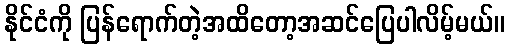
နိုင်ငံကို ပြန်ရောက်တဲ့အထိတော့အဆင်ပြေပါလိမ့်မယ်။